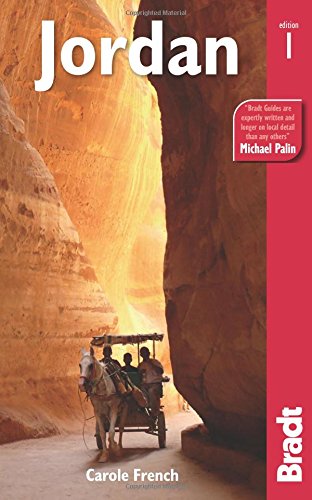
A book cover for Jordan (Bradt Travel Guide); Carole French; Travel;